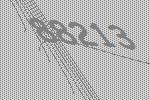
88213